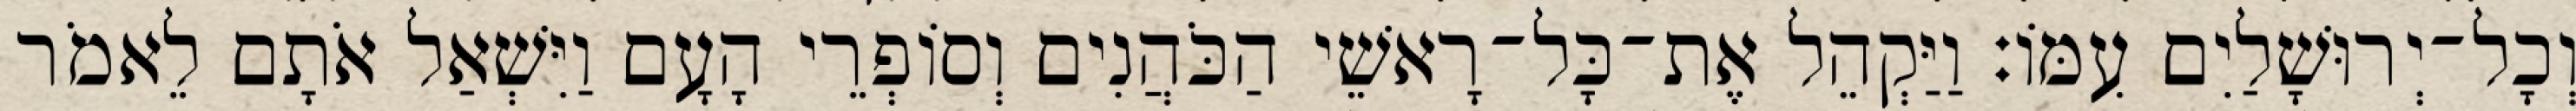
וְכָל־יְרוּשָׁלַיִם עִמּוֹ׃ וַיַּקְהֵל אֶת־כָּל־רָאשֵׁי הַכֹּהֲנִים וְסוֹפְרֵי הָעָם וַיִּשְׁאַל אֹתָם לֵאמֹר